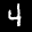
Label: 4